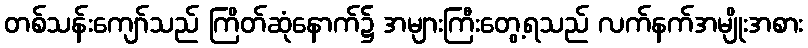
တစ်သန်းကျော်သည် ကြိတ်ဆုံနောက်၌ အများကြီးတွေ့ရသည် လက်နက်အမျိုးအစား